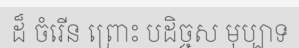
ដ៏ ចំរើន ព្រោះ បដិច្ចស មុប្បាទ